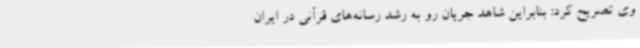
وی تصریح کرد: بنابراین شاهد جریان رو به رشد رسانه‌های قرآنی در ایران